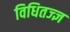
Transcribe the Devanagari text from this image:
विधितज्‍ज्ञ